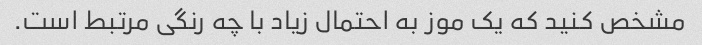
مشخص کنید که یک موز به احتمال زیاد با چه رنگی مرتبط است.